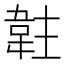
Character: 䪒